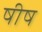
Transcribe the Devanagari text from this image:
षीष